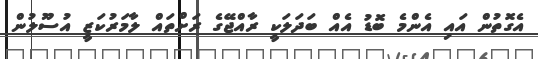
އެގޮތުން އައި އެންމެ ބޮޑު އެއް ބަދަލަކީ ރާއްޖޭގެ ރަށްތައް ލާމަރުކަޒީ އުސޫލުން